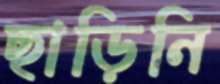
ছাড়িনি